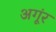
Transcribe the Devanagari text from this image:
अगूंर